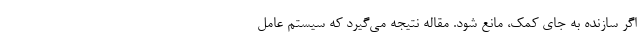
اگر سازنده به جای کمک، مانع شود. مقاله نتیجه می‌گیرد که سیستم عامل